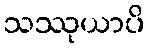
သဿုယာပိ